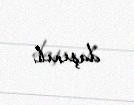
daşınıb.